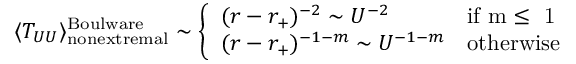
\langle T _ { U U } \rangle _ { \mathrm { n o n e x t r e m a l } } ^ { \mathrm { B o u l w a r e } } \sim \left\{ \begin{array} { l l } { { ( r - r _ { + } ) ^ { - 2 } \sim U ^ { - 2 } } } & { { \mathrm { i f ~ m \le ~ 1 ~ } } } \\ { { ( r - r _ { + } ) ^ { - 1 - m } \sim U ^ { - 1 - m } } } & { { \mathrm { o t h e r w i s e } } } \end{array} \right.